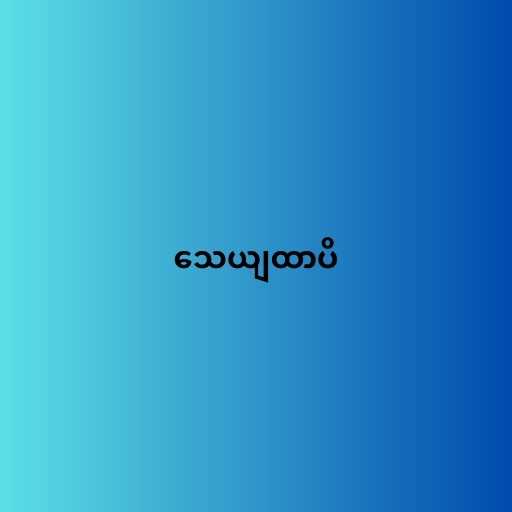
သေယျထာပိ